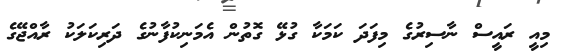
މިއީ ރައީސް ނާސިރުގެ މިފަދަ ކަމަކާ ގުޅޭ ގޮތުން އެމަނިކުފާނުގެ ދަރިކަލަކު ރާއްޖޭގެ